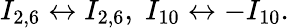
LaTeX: I_{2,6}\leftrightarrow I_{2,6},\; I_{10}\leftrightarrow-I_{10}.